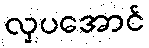
လှပအောင်